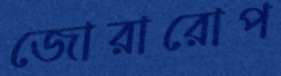
জোরারোপ